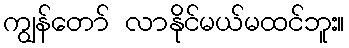
ကျွန်တော် လာနိုင်မယ်မထင်ဘူး။